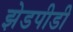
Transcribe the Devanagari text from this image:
झेडपीडी